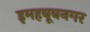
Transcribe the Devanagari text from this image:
इमहबूबनगर